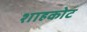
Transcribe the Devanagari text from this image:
शाहकोट